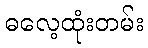
ဓလေ့ထုံးတမ်း